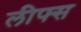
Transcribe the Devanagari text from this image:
लीफ्स